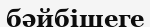
бәйбішеге